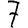
Digit: 7